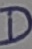
Text: D